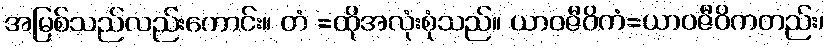
အမြစ်သည်လည်းကောင်း။ တံ =ထိုအလုံးစုံသည်။ ယာဝဇီဝိကံ=ယာဝဇီဝိကတည်း၊